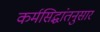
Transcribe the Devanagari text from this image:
कर्मसिद्धांतनुसार